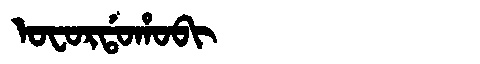
Manchu: ᠣᠸᠣᡵᡩᠣᡥᠣᠪᡳ
Romanization: OFORDOHOBI